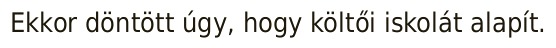
Ekkor döntött úgy, hogy költői iskolát alapít.